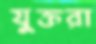
যুক্তরা